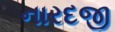
નારદજી